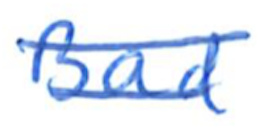
Text: Bad
Cross-out: double-line
Writing tool: ballpoint